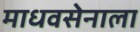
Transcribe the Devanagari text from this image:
माधवसेनाला